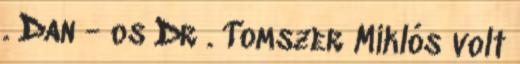
. Dan - os Dr . Tomszer Miklós volt